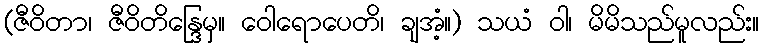
(ဇီဝိတာ၊ ဇီဝိတိန္ဒြေမှ။ ဝေါရောပေတိ၊ ချအံ့။) သယံ ဝါ၊ မိမိသည်မူလည်း။